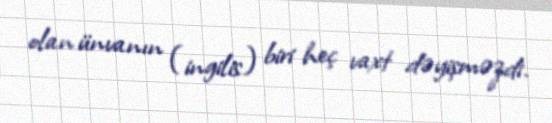
olan ünvanın (ingilis) biri heç vaxt dəyişməzdi.